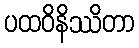
ပထဝိနိဿိတာ